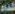
شداد